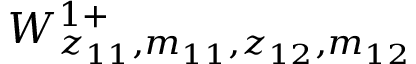
W _ { z _ { 1 1 } , m _ { 1 1 } , z _ { 1 2 } , m _ { 1 2 } } ^ { 1 + }